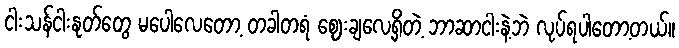
ငါးသန်ငါးနုတ်တွေ မပေါလေတော့ တခါတရံ ဈေးချလေ့ရှိတဲ့ ဘာဆာငါးနဲ့ဘဲ လုပ်ရပါတော့တယ်။